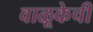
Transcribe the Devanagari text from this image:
वाळूकेची